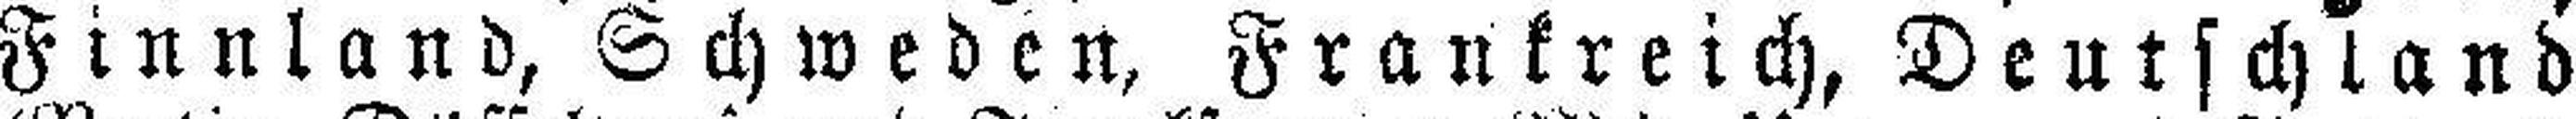
Finnland, Schweden, Frankreich, Deutschland